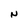
Character: N